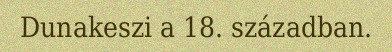
Dunakeszi a 18. században.